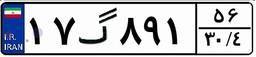
۱۷گ۸۹۱۵۶